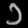
Digit: ၁